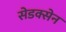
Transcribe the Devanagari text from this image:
सेडक्सेन